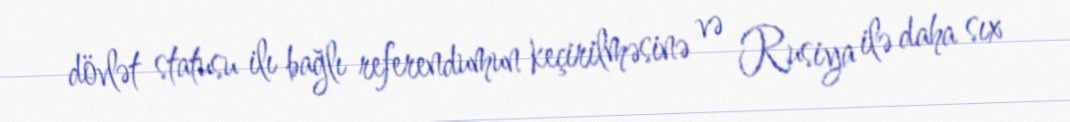
dövlət statusu ilı bağlı referendumun keçirilməsinə və Rusiya ilə daha sıx